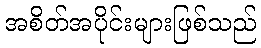
အစိတ်အပိုင်းများဖြစ်သည်